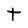
Character: t